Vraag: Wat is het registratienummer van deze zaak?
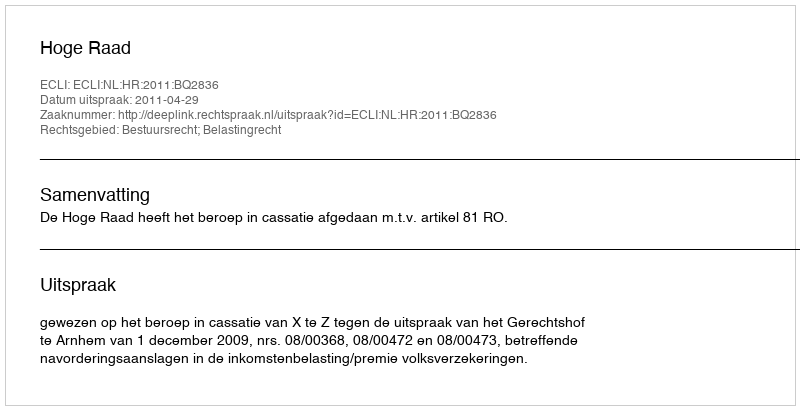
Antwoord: http://deeplink.rechtspraak.nl/uitspraak?id=ECLI:NL:HR:2011:BQ2836